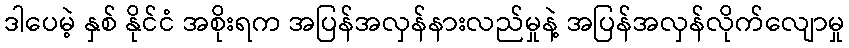
ဒါပေမဲ့ နှစ် နိုင်ငံ အစိုးရက အပြန်အလှန်နားလည်မှုနဲ့ အပြန်အလှန်လိုက်လျောမှု